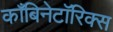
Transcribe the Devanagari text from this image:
काँबिनेटॉरिक्स